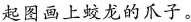
起图画上蛟龙的爪子。